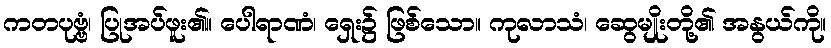
ကတပုဗ္ဗံ၊ ပြုအပ်ဖူး၏။ ပေါရာဏံ၊ ရှေး၌ ဖြစ်သော။ ကုလာသံ၊ ဆွေမျိုးတို့၏ အနွယ်ကို။